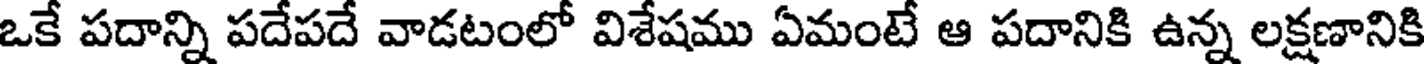
ఒకే పదాన్ని పదేపదే వాడటంలో విశేషము ఏమంటే ఆ పదానికి ఉన్న లక్షణానికి